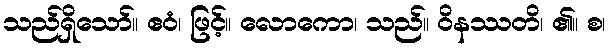
သည်ရှိသော်။ ဧဝံ၊ ဖြင့်။ လောကော၊ သည်။ ဝိနဿတိ၊ ၏။ စ၊